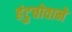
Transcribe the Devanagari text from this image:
हंटुचोवाने